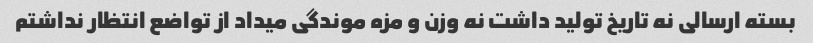
بسته ارسالی نه تاریخ تولید داشت نه وزن و مزه موندگی میداد از تواضع انتظار نداشتم